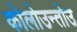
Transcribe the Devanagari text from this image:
कोलोउन्तोउ